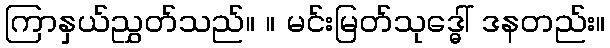
ကြာနှယ်ညွှတ်သည်။ ။ မင်းမြတ်သုဒ္ဓေါ် ဒနတည်း။